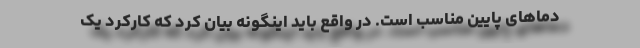
دماهای پایین مناسب است. در واقع باید اینگونه بیان کرد که کارکرد یک